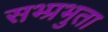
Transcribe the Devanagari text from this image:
सभ्प्रभुता